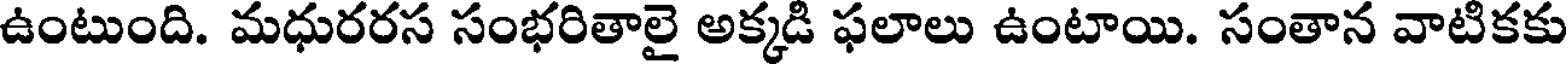
ఉంటుంది. మధురరస సంభరితాలై అక్కడి ఫలాలు ఉంటాయి. సంతాన వాటికకు